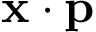
\mathbf { x } \cdot \mathbf { p }